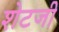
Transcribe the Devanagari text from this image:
शेटजी